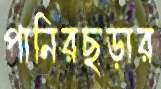
পানিরছড়ার